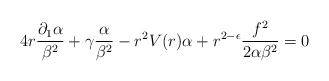
\begin{align*}4r \frac{\partial_1 \alpha}{\beta^2} + \gamma\frac{\alpha}{\beta^2} - r^2 V(r) \alpha + r^{2 - \epsilon} \frac{f^2}{2 \alpha \beta^2} = 0\end{align*}